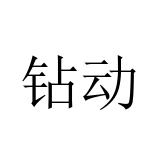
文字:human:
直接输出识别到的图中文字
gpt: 钻动